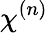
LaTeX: \chi^{(n)}